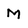
Character: M